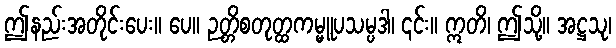
ဤနည်းအတိုင်းပေး။ ပေ။ ဉတ္တိစတုတ္ထကမ္မူပသမ္ပဒါ၊ ၎င်း။ ဣတိ၊ ဤသို့။ အဋ္ဌသု၊